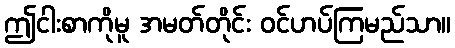
ဤငါးစာကိုမူ အမတ်တိုင်း ဝင်ဟပ်ကြမည်သာ။